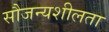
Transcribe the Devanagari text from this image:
सौजन्यशीलता